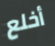
أخلع